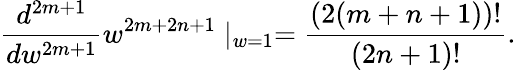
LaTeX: {\frac{d^{2m+1}}{dw^{2m+1}}}w^{2m+2n+1}\mid_{w=1}={\frac{(2(m+n+1))!}{(2n+1)!}}.